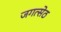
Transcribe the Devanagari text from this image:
जगत्सेठ